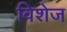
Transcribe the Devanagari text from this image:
विशेज